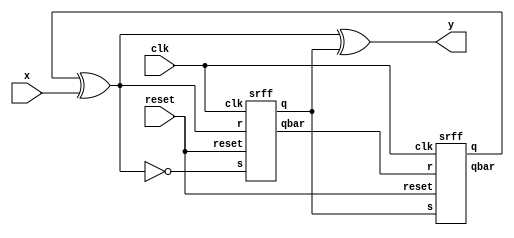
module custdesign(
                  x,
                  clk,
                  reset,
                  y
                  );

input x, clk, reset;
output y;
wire a, abar, b, bbar, r2, s2;

srff sr1(.s(b),
         .r(bbar),
         .clk(clk),
         .reset(reset),
         .q(a),
         .qbar(abar)
         );

assign r2 = a ^ x ;
assign s2 = ~r2   ;

srff sr2(.s(s2),
         .r(r2),
         .clk(clk),
         .reset(reset),
         .q(b),
         .qbar(bbar)
         );
assign y = r2 ^ b ;

endmodule

module srff(
            s,
            r,
            clk,
            reset,
            q,
            qbar
            );
            
input s, r, clk, reset;
output reg q, qbar;

always @ (posedge clk)
   begin 
      if (reset)
         q  <= 1'b0;
      else
         q  <= s | (~r & q);
         qbar <= ~q;
   end
endmodule